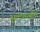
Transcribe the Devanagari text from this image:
स्टटेंगार्टेन